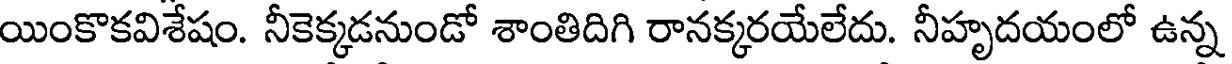
యింకొకవిశేషం. నీకెక్కడనుండో శాంతిదిగి రానక్కరయేలేదు. నీహృదయంలో ఉన్న